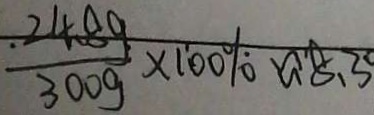
\frac { 2 4 . 8 9 } { 3 0 0 g } \times 1 0 0 \% \approx 8 . 3 0